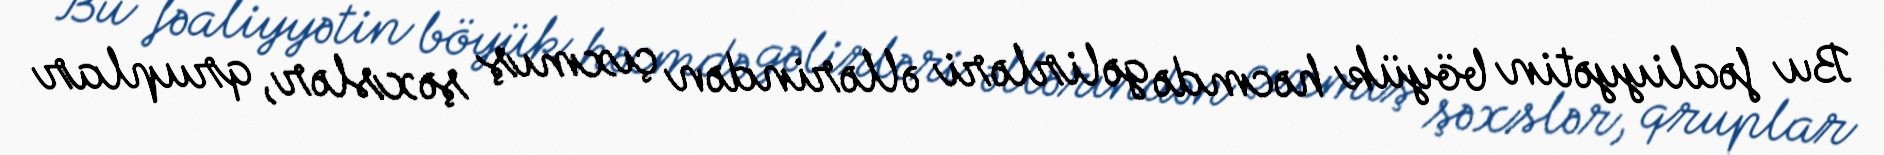
Bu fəaliyyətin böyük həcmdə gəlirləri əllərindən çıxmış şəxslər, qruplar